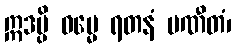
ဣဒမ္ပိ ဓမ္မေ ရတနံ ပဏီတံ၊